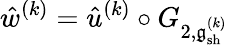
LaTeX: \hat{w}^{(k)}=\hat{u}^{(k)}\circ G_{2,\mathfrak{g}_{\mathrm{sh}}^{(k)}}